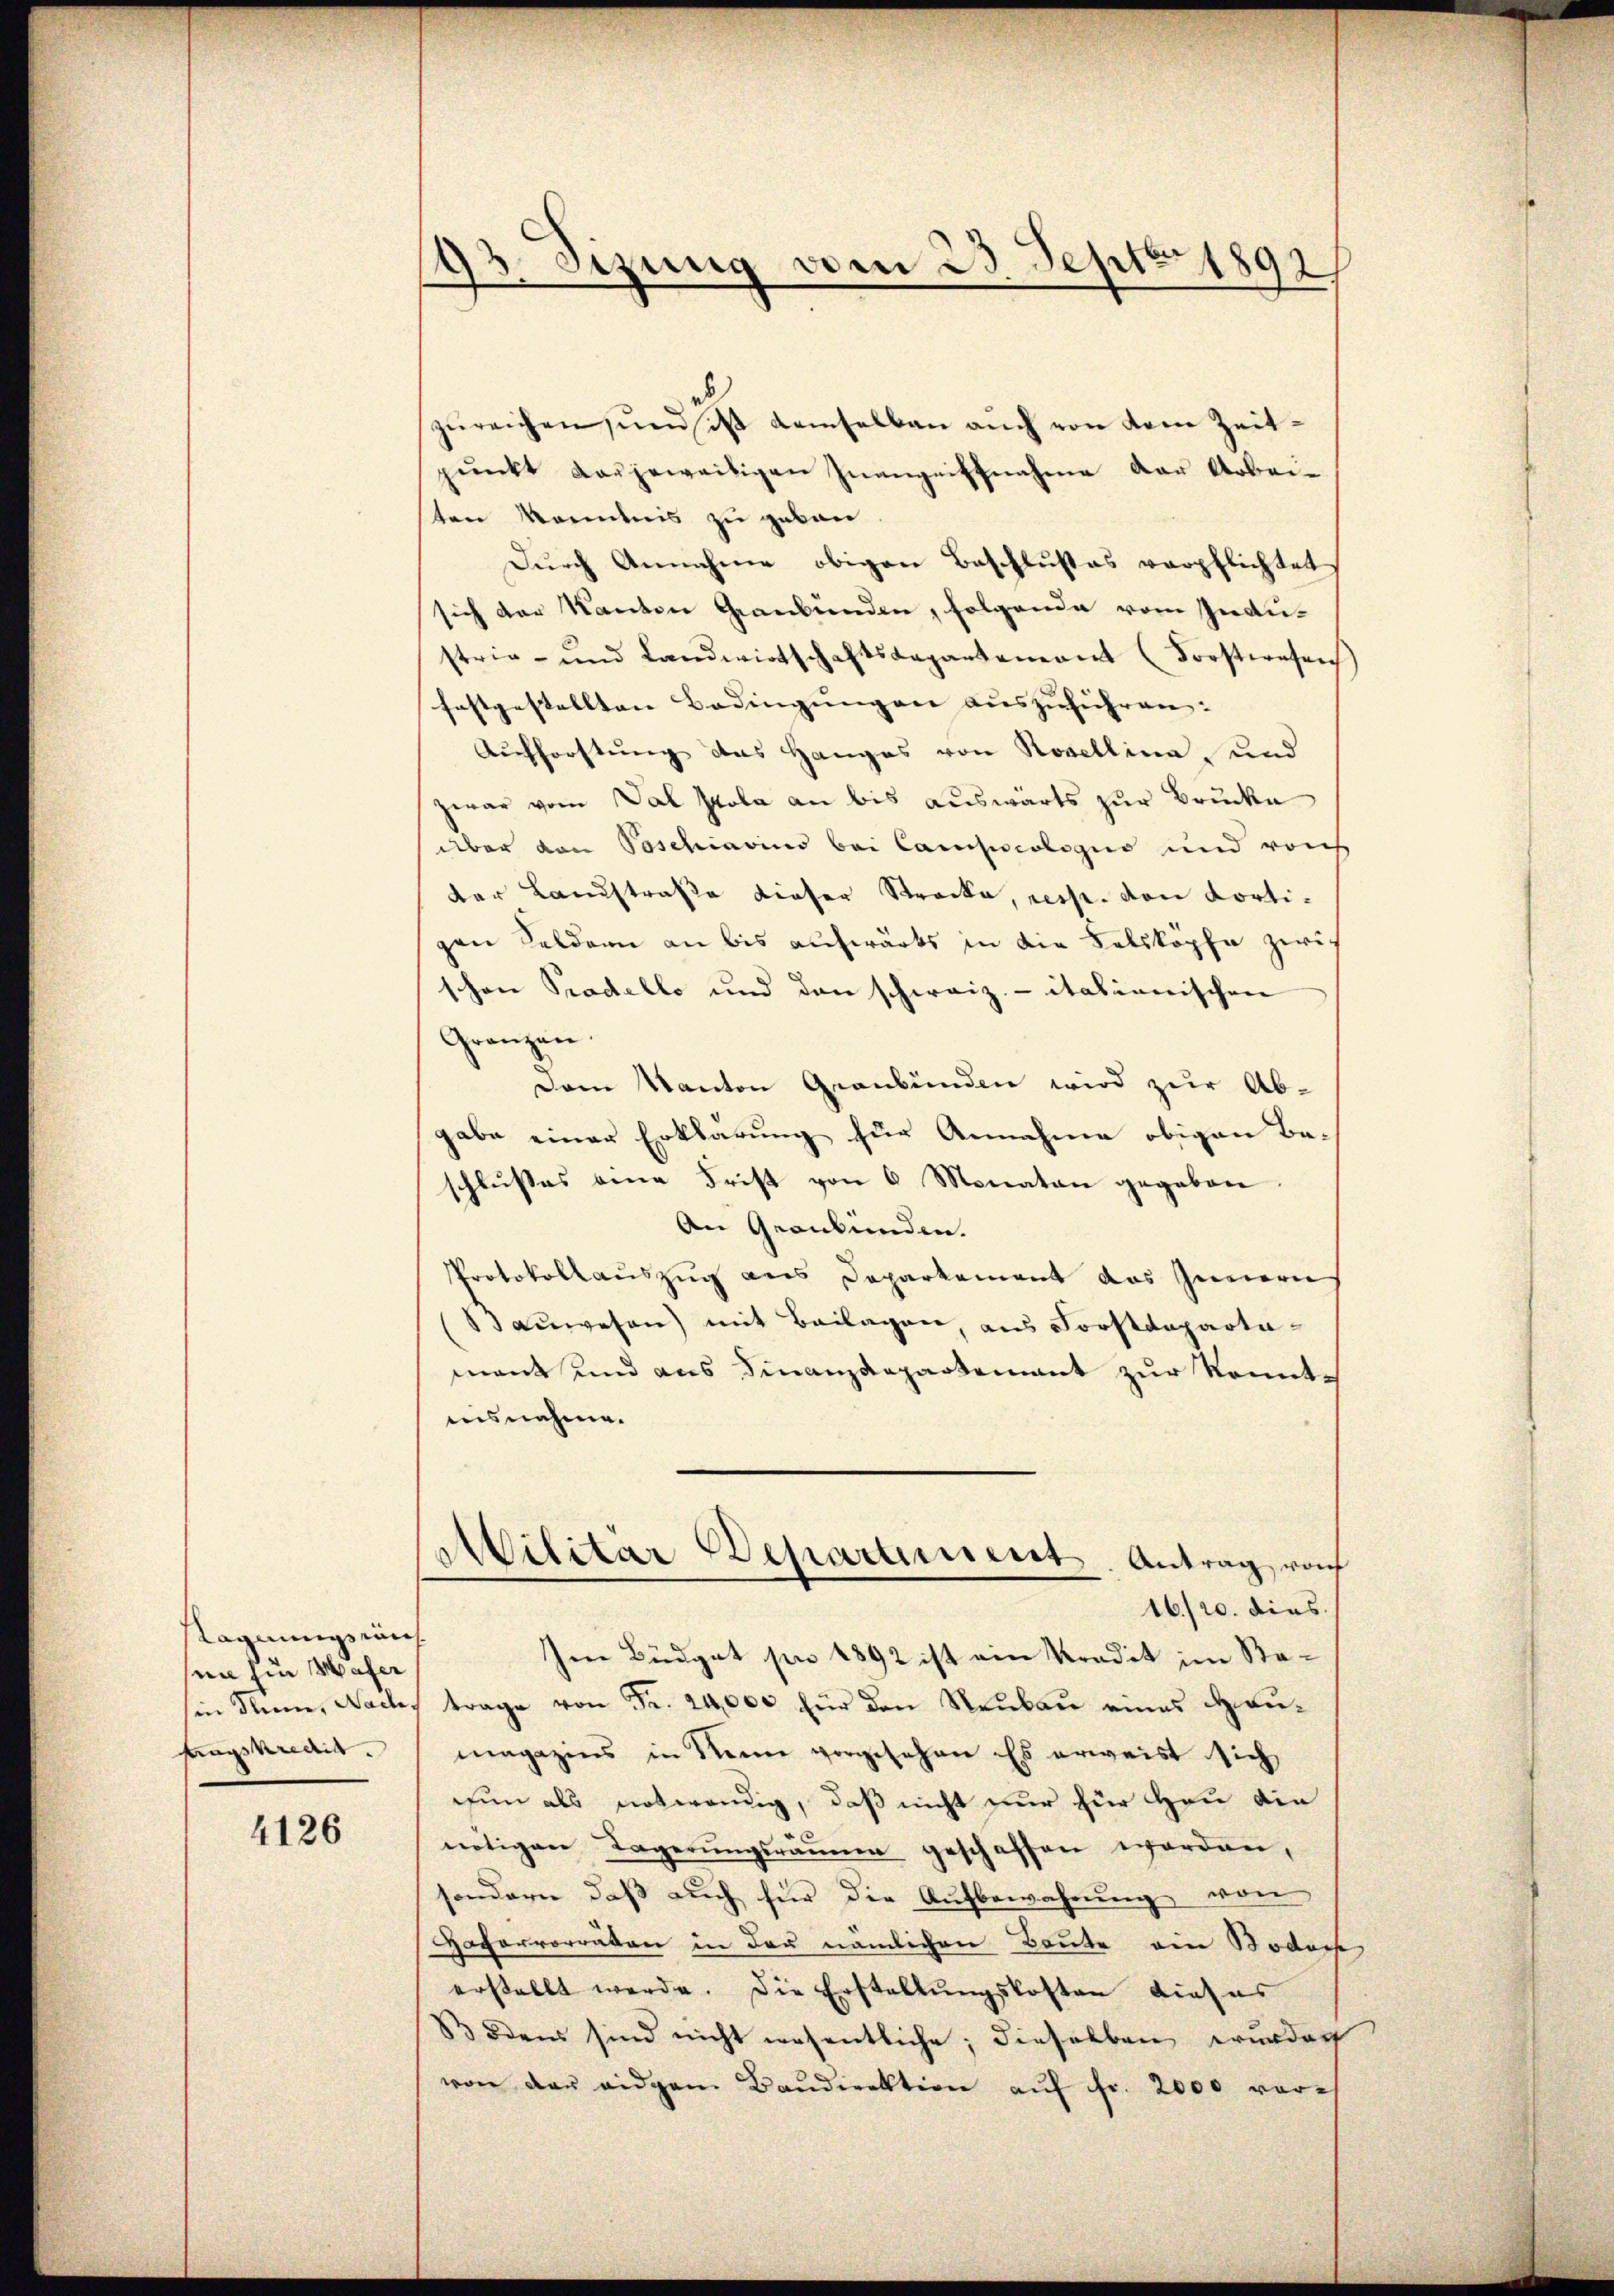
Stagnungswuh
nn hin Hafer
in Sinne, Nach,
hagskredit.

4126

93. Sizung vom 23. Sept. 1892

zŭreichen, und in demselben auch von dem Zeitpŭnkt derjeweitigen Inangriffnahme der Arbei-
sten Mondnis zu geben.
Durch Annahme obigen Beschlußes verpflichtet
sich der Kanton Graubünden, folgende vom Indi-
strie- und Landwirtschaftsdepartement (Forsteresen
festgestellten Bedingungen auszuführen. |
Aufforstung des Hanges von Rovellina, und
zwar vom Val sola an bis auswärts zur Brucke
über von Poschiavius bei Campiologus und von
der Landstraße dieser Strecke, resp. von dortigen Soldern an bis aufwärts in die Felsköpfe zwi
schen Prodello und den schweiz.- itationischen
Gränzen.
Dem Kanton Graubünden wird zur Ab-
gabe einer Erklärung für Annahme obigen Beschlusses eine Frist von 6 Monaten gegeben
An Graubünden.
Protokollauszug aus Deparkament das Innern
(Baŭwesen) mit Beilagen, aus Forstdepartamant und aus Finanzdepartement zur konntausnahme.
Militar Deparament. Antrag von
16./20. dies
Im Büdget pro 1892 ist am Kredit im Sta-
trage von Fr. 24,000 für den Neŭbaŭ eines Haumagazins in Kann vorgesehen. Es erweist sich
hin als notwendig, daß nicht nur für Heu die
nötigen Lagerŭngsräume geschaffen worden,
sondern, daβ aŭch für die Aŭfbewahrŭng von
Haferrorräten in der nämlichen Baute ein Bodoch
erstellt werde. Die Erstellŭngskosten dieses
B öden sind nicht wesentliche; dieselben wurden
von der eidgam Baŭdirektion aŭf fr. 2000 vor